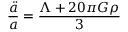
\frac { \ddot { a } } { a } = \frac { \Lambda + 2 0 \pi G \rho } { 3 }